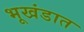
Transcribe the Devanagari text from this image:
भूखंडात